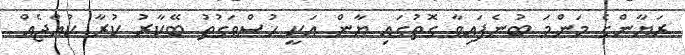
ރަޔާންގެ މަންމަ ބުނެފައިވާ ގޮތުގައި ޔާން އަކީ ހުސްވަގުތު ބޭކާރު ކުރާ ކުއްޖެއް